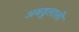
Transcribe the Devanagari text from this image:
अबडुलाली